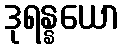
ဒုရန္နယော